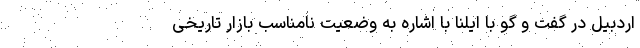
اردبیل در گفت و گو با ایلنا با اشاره به وضعیت نامناسب بازار تاریخی